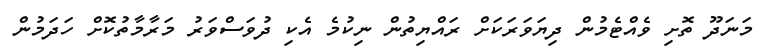
މަނަދޫ ތޮށި ވެއްޓެމުން ދިޔަވަރަކަށް ރައްޔިތުން ނިކުމެ އެކި ދުވަސްވަރު މަރާމާތުކޮށް ހަދަމުން